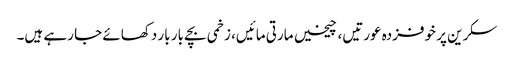
سکرین پر خوفزدہ عورتیں، چیخیں مارتی مائیں، زخمی بچے بار بار دکھائے جا رہے ہیں۔